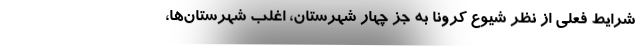
شرایط فعلی از نظر شیوع کرونا به جز چهار شهرستان، اغلب شهرستان‌ها،